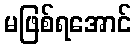
မဖြစ်ရအောင်